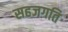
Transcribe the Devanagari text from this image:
सहजगति